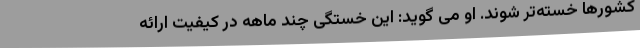
کشورها خسته‌تر شوند. او می گوید: این خستگی چند ماهه در کیفیت ارائه